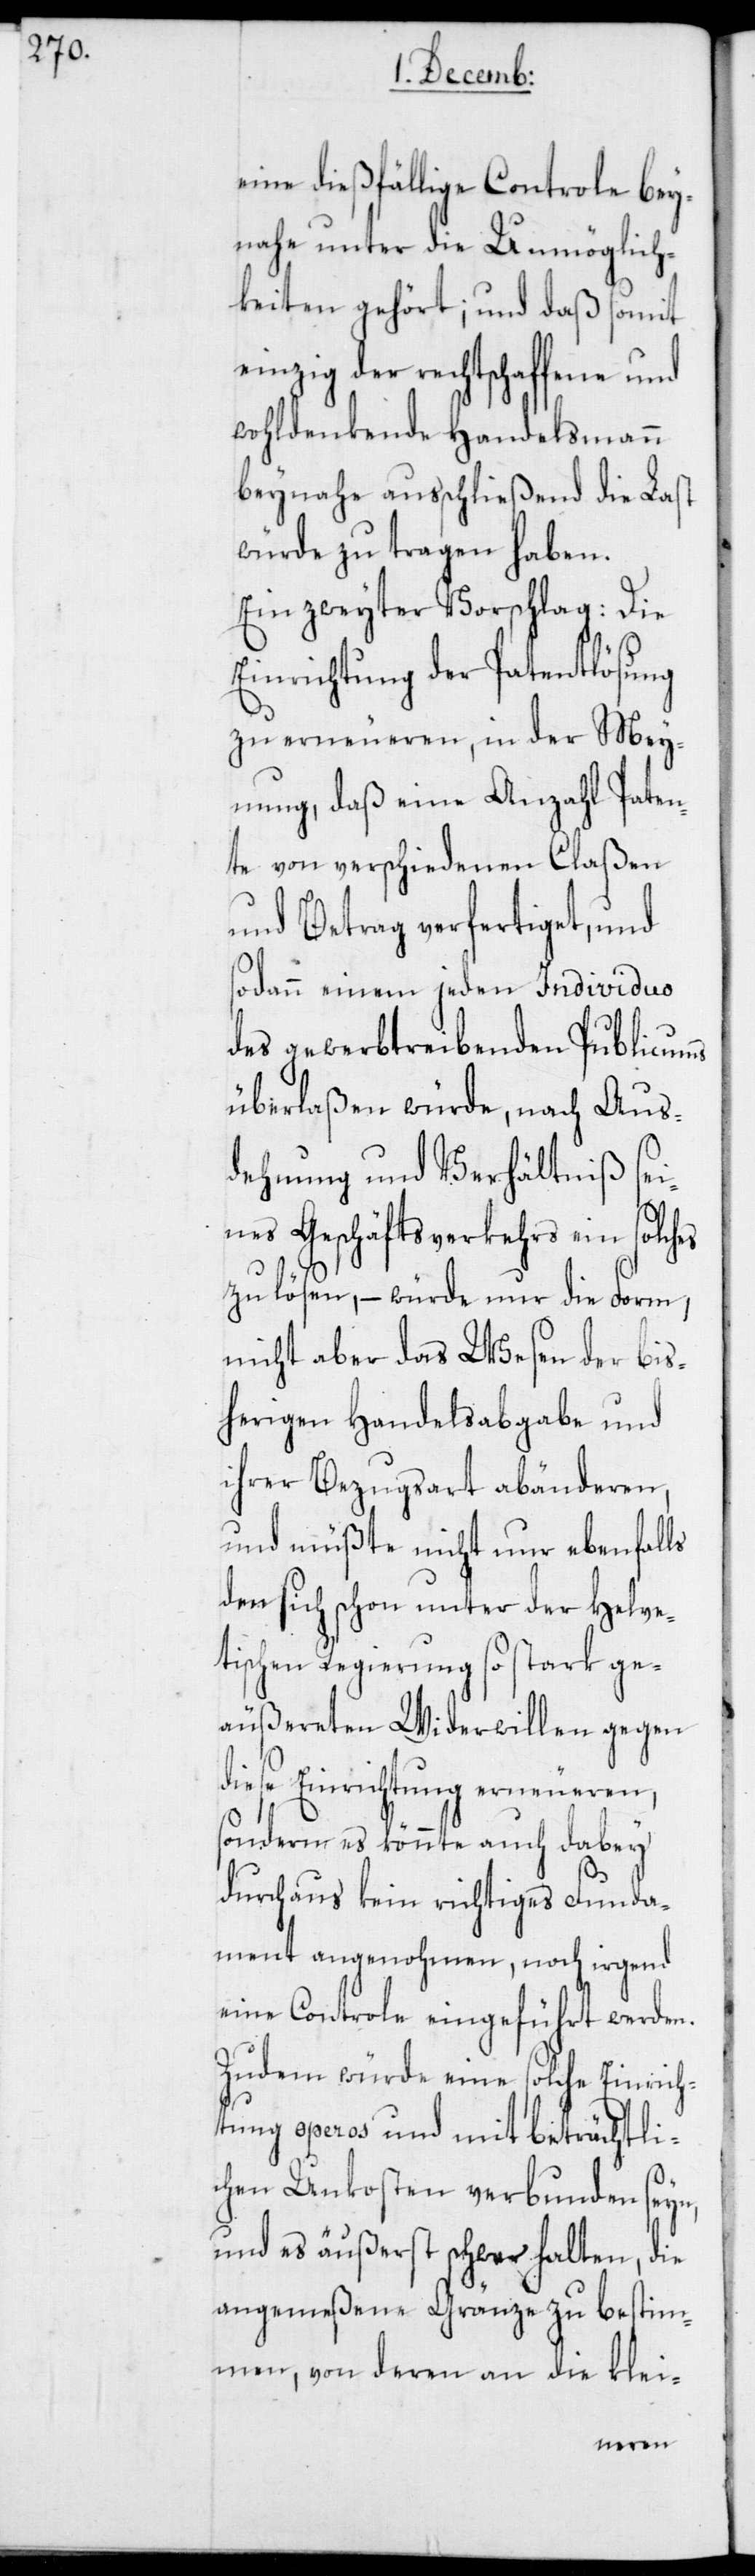
eine dießfällige Controle bey¬
nahe unter die Unmöglich¬
keiten gehört; und daß somit
einzig der rechtschaffene und
wohldenkende Handelsmann
beynahe ausschließend die Last
würde zu tragen haben.
Ein zweyter Vorschlag: Die
Einrichtung der Patentlösung
zu erneueren, in der Mey¬
nung, daß eine Anzahl Paten¬
te von verschiedenen Claßen
und Betrag verfertiget, und
sodann einem jeden Individuo
des gewerbtreibenden Publicums
überlaßen würde, nach Aus¬
dehnung und Verhältniß sei¬
nes Geschäftsverkehrs ein solches
zu lösen, – würde nur die Form,
nicht aber das Wesen der bis¬
herigen Handelsabgabe und
ihrer Bezugsart abänderen,
und müßte nicht nur ebenfalls
den sich schon unter der Helve¬
tischen Regierung so stark ge¬
äußereten Widerwillen gegen
diese Einrichtung erneueren,
sondern es könnte auch dabey
durchaus kein richtiges Funda¬
ment angenohmen, noch irgend
eine Controle eingeführt werden.
Zudem würde eine solche Einrich¬
tung operos und mit beträchtli¬
chen Unkosten verbunden seyn,
und es äußerst schwer halten, die
angemeßene Gränze zu bestim¬
men, von deren an die klei-